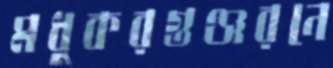
মধুকরগুঞ্জরনে